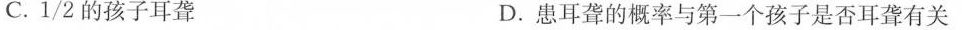
C.1/2的孩子耳聋 D.患耳聋的概率与第一个孩子是否耳聋有关